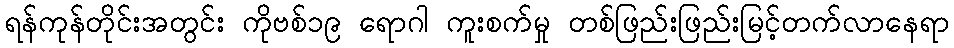
ရန်ကုန်တိုင်းအတွင်း ကိုဗစ်၁၉ ရောဂါ ကူးစက်မှု တစ်ဖြည်းဖြည်းမြင့်တက်လာနေရာ